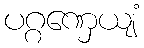
ပဂ္ဂဏှေယျံ